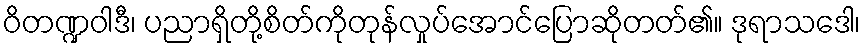
ဝိတဏ္ဍဝါဒီ၊ ပညာရှိတို့စိတ်ကိုတုန်လှုပ်အောင်ပြောဆိုတတ်၏။ ဒုရာသဒေါ၊